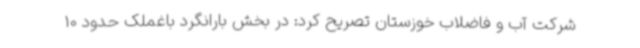
شرکت آب و فاضلاب خوزستان تصریح کرد: در بخش بارانگرد باغملک حدود 10